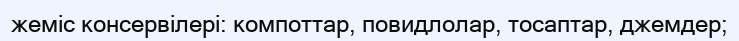
жеміс консервілері: компоттар, повидлолар, тосаптар, джемдер;